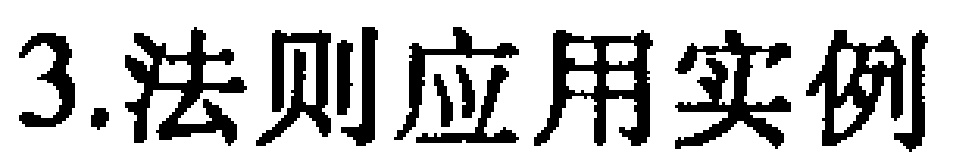
3.法则应用实例